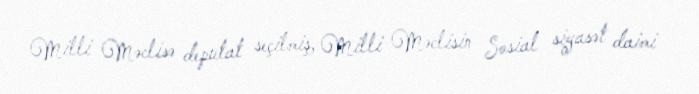
Milli Məclisə deputat seçilmiş, Milli Məclisin Sosial siyasət daimi